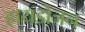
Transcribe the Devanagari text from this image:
हायडोजन